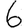
Digit: 6